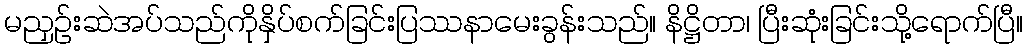
မညှဉ်းဆဲအပ်သည်ကိုနှိပ်စက်ခြင်းပြဿနာမေးခွန်းသည်။ နိဋ္ဌိတာ၊ ပြီးဆုံးခြင်းသို့ရောက်ပြီ။